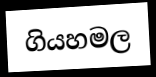
ගියහමල